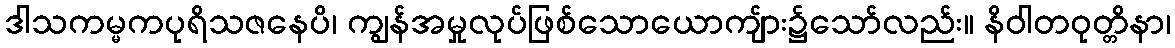
ဒါသကမ္မကပုရိသဇနေပိ၊ ကျွန်အမှုလုပ်ဖြစ်သောယောကျ်ား၌သော်လည်း။ နိဝါတဝုတ္တိနာ၊